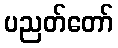
ပညတ်တော်